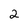
Character: 2